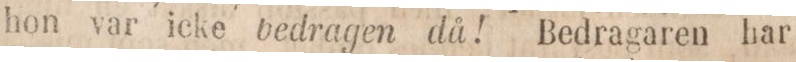
hon var icke bedragen då! Bedragaren har